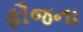
ફૌજના